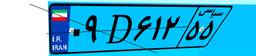
۰۹D۶۱۲۵۵